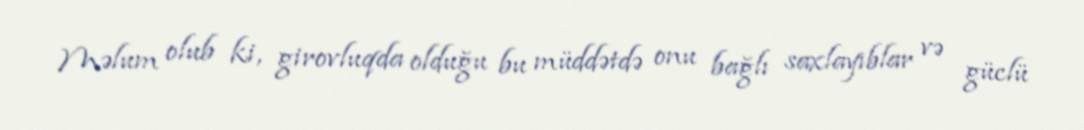
Məlum olub ki, girovluqda olduğu bu müddətdə onu bağlı saxlayıblar və güclü